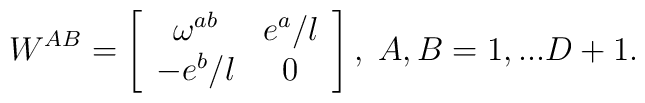
W^{AB}=\left[ \begin{array}{cc}\omega ^{ab} & e^{a}/l \\ -e^{b}/l & 0\end{array}\right] ,\;A,B=1,...D+1.